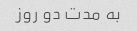
به مدت دو روز